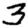
Digit: 3